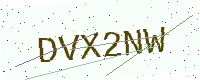
Text: DVX2NW